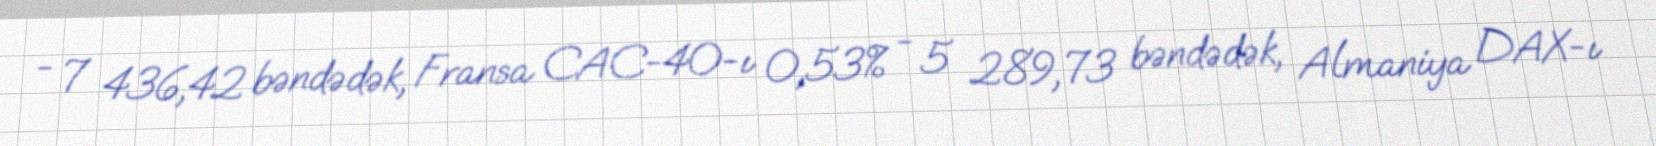
- 7 436,42 bəndədək, Fransa CAC-40-ı 0,53% - 5 289,73 bəndədək, Almaniya DAX-ı